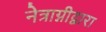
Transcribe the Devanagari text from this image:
नेत्राग्नीद्वारा